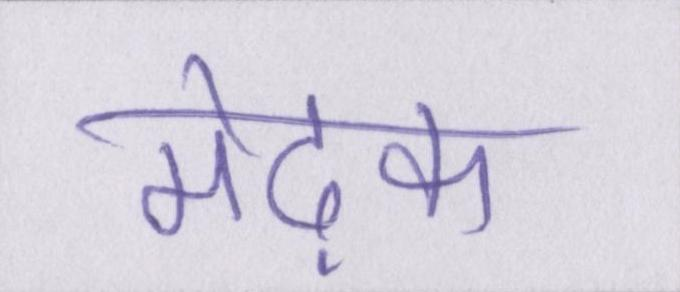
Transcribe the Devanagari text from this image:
मेढ़क